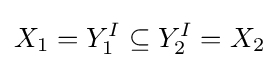
X_{1}=Y_{1}^{I}\subseteq Y_{2}^{I}=X_{2}